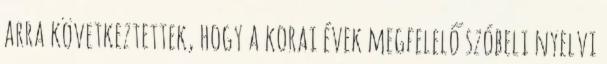
arra következtettek, hogy a korai évek megfelelő szóbeli nyelvi